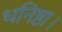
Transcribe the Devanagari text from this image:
धनिष्ठा।